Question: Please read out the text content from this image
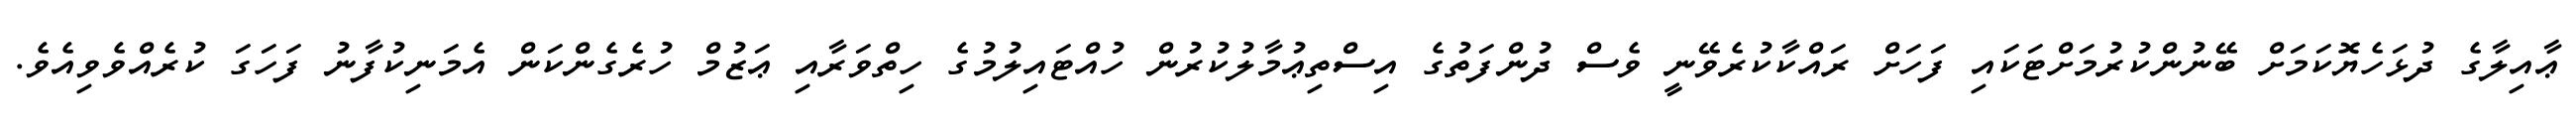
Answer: ޢާއިލާގެ ދުޅަހެޔޮކަމަށް ބޭނުންކުރުމަށްޓަކައި ފަހަށް ރައްކާކުރެވޭނީ ވެސް ދުންފަތުގެ އިސްތިޢުމާލުކުރުން ހުއްޓައިލުމުގެ ހިތްވަރާއި ޢަޒުމް ހުރެގެންކަން އެމަނިކުފާނު ފަހަގަ ކުރެއްވެވިއެވެ.